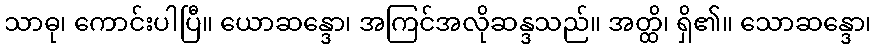
သာဓု၊ ကောင်းပါပြီ။ ယောဆန္ဒော၊ အကြင်အလိုဆန္ဒသည်။ အတ္ထိ၊ ရှိ၏။ သောဆန္ဒော၊